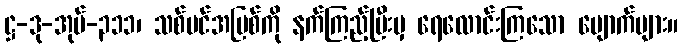
ဋ္ဌ-ဒု-အုပ်-၃၁၁၊ သစ်ပင်အမြစ်ကို နက်ကြည့်ပြီးမှ ရေလောင်းကြသော မျောက်များ။